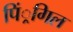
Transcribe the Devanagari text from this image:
पिं्रगिल